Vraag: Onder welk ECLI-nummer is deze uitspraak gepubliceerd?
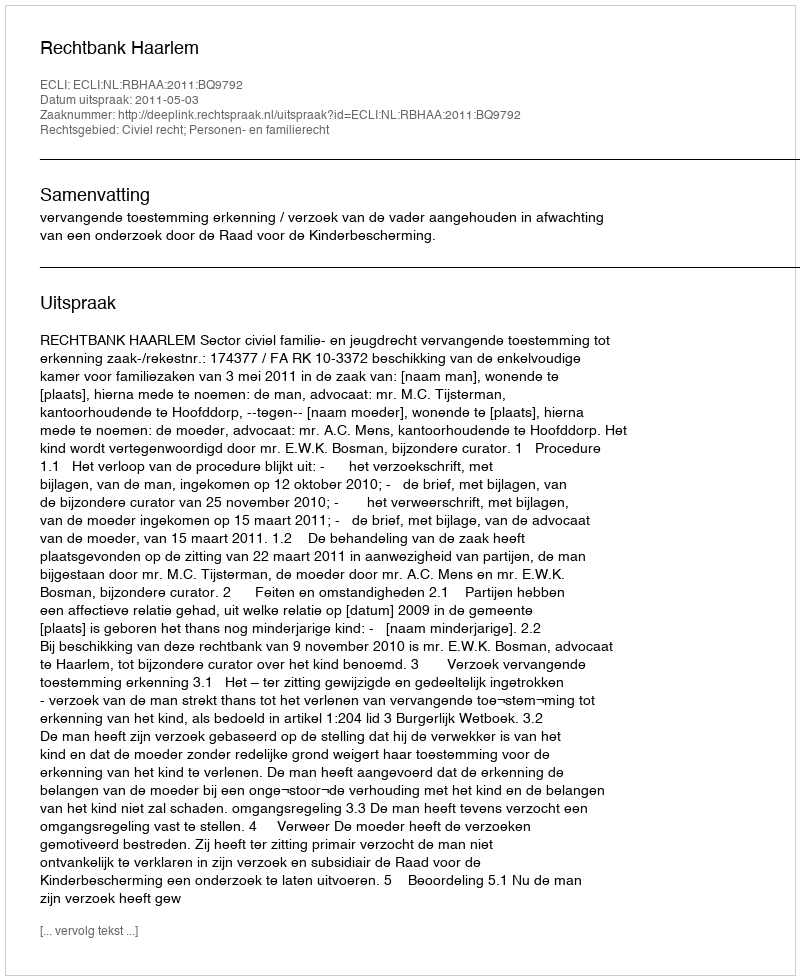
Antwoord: ECLI:NL:RBHAA:2011:BQ9792